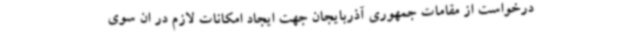
درخواست از مقامات جمهوری آذربایجان جهت ایجاد امکانات لازم در ان سوی